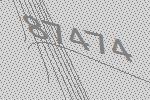
87474